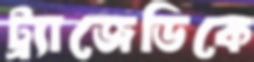
ট্র্যাজেডিকে